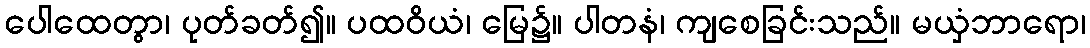
ပေါထေတွာ၊ ပုတ်ခတ်၍။ ပထဝိယံ၊ မြေ၌။ ပါတနံ၊ ကျစေခြင်းသည်။ မယှံဘာရော၊